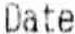
DATE